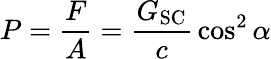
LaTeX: P={\frac{F}{A}}={\frac{G_{\mathrm{SC}}}{c}}\cos^{2}\alpha